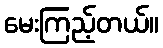
မေးကြည့်တယ်။